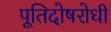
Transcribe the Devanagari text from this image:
पूतिदोषरोधी